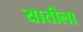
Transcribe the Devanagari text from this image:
यातीला